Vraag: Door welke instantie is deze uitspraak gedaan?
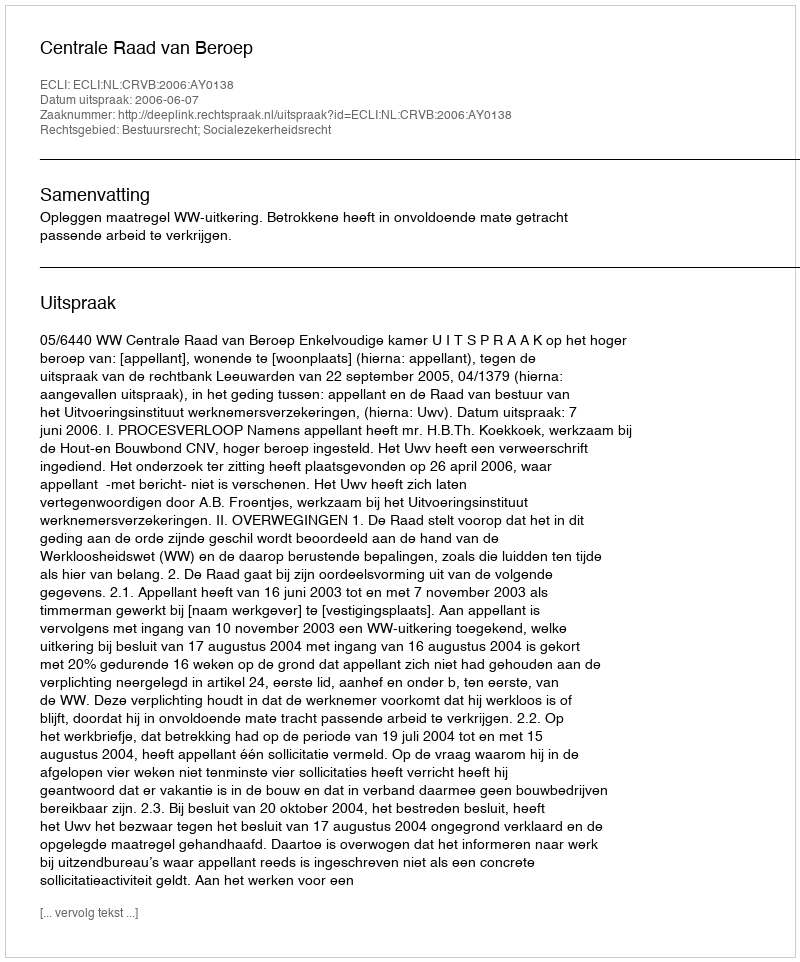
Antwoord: Centrale Raad van Beroep